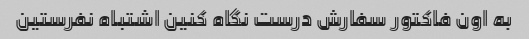
به اون فاکتور سفارش درست نگاه کنین اشتباه نفرستین